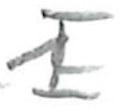
Text: I
Cross-out: wave
Writing tool: pencil